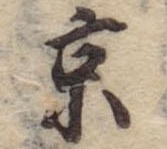
京